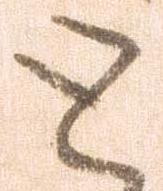
と